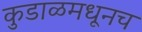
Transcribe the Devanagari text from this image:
कुडाळमधूनच